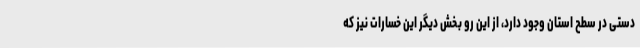
دستی در سطح استان وجود دارد، از این رو بخش دیگر این خسارات نیز که